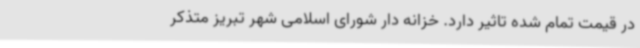
در قیمت تمام‌ شده تاثیر دارد. خزانه دار شورای اسلامی شهر تبریز متذکر